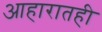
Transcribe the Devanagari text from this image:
आहारातही